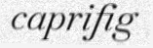
caprifig